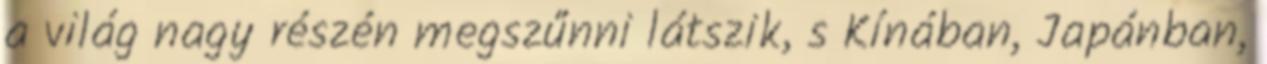
a világ nagy részén megszűnni látszik, s Kínában, Japánban,